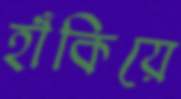
হাঁকিয়ে